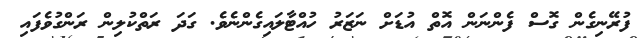
ފުރޭނިގެން ގޮސް ފެންނަން އޮތް އުޑަށް ނަޒަރު ހުއްޓާލައިގެންނެވެ. ގަދަ ރަތްކުލިން ރަންގުވެފައި